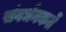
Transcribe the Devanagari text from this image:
संवर्धनकर्ते